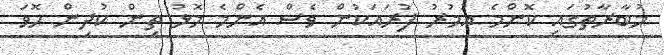
މުބާރާތުގައި ކޮންމެ އުމުރު ފުރައަކުން ވެސް އެންމެ މޮޅު ތިން ކުދިން ހޮވަ